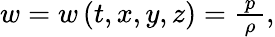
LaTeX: \begin{array}{r}{w=w\left(t,x,y,z\right)=\frac{~p~}{\rho},}\end{array}